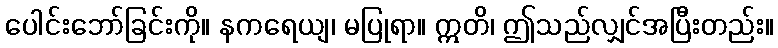
ပေါင်းဘော်ခြင်းကို။ နကရေယျ၊ မပြုရာ။ ဣတိ၊ ဤသည်လျှင်အပြီးတည်း။